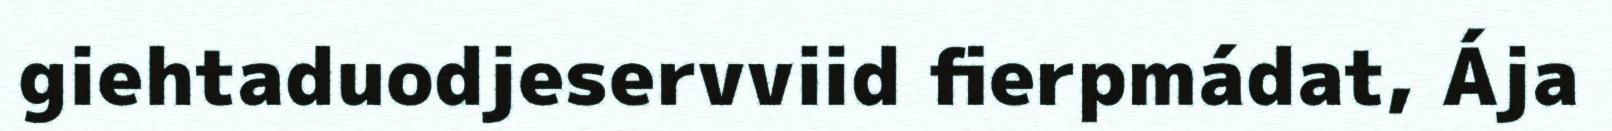
giehtaduodjeservviid fierpmádat, Ája